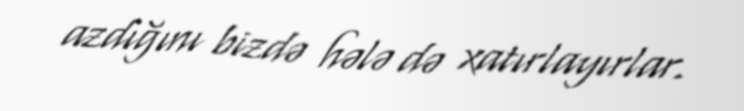
azdığını bizdə hələ də xatırlayırlar.